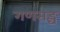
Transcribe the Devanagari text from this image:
गणसङ्घ